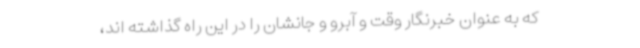
که به عنوان خبرنگار وقت و آبرو و جانشان را در این راه گذاشته اند،